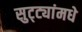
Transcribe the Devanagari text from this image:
सुट्ट्यांमधे